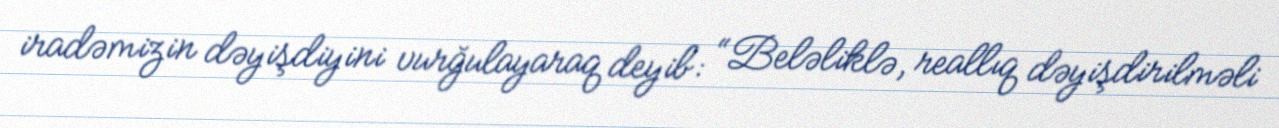
iradəmizin dəyişdiyini vurğulayaraq deyib: “Beləliklə, reallıq dəyişdirilməli